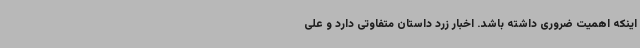
اینکه اهمیت ضروری داشته باشد. اخبار زرد داستان متفاوتی دارد و علی